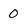
Character: 0